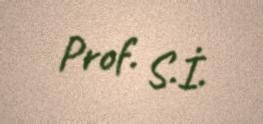
Prof. S.İ.